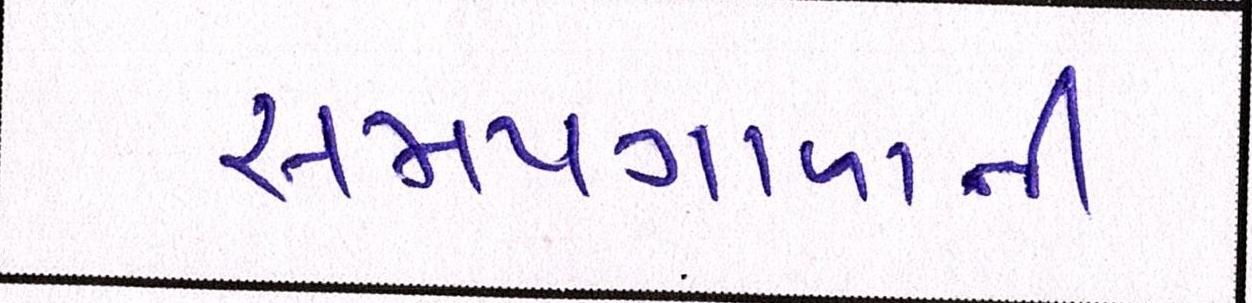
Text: સમયગાળાની